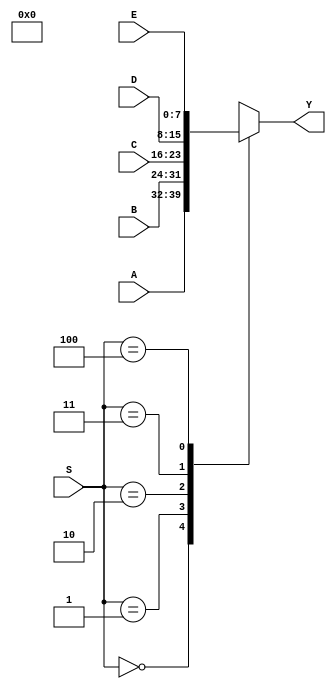
/* 5chanel 8bit multiplexer */
module Multiplexer_B(A, B, C, D, E, S, Y);

input [7:0] A, B, C, D, E;
input [2:0] S;
output [7:0] Y;

wire [7:0] A, B, C, D, E, Y;
wire [2:0] S;

assign Y = select(S, A, B, C, D, E);

function [7:0] select;
    input [2:0] S;
    input [7:0] A, B, C, D, E;

    case (S)
        3'b000: select = A;
        3'b001: select = B;
        3'b010: select = C;
        3'b011: select = D;
        3'b100: select = E;
        default: select = 3'bxxx;
    endcase

endfunction

endmodule